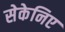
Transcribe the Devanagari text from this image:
सेकेनिए